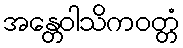
အန္တေဝါသိကဝတ္တံ